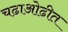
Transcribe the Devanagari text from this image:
चढाओढीत